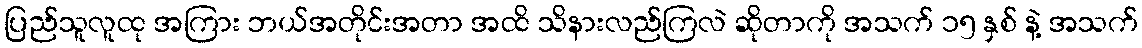
ပြည်သူလူထု အကြား ဘယ်အတိုင်းအတာ အထိ သိနားလည်ကြလဲ ဆိုတာကို အသက် ၁၅ နှစ် နဲ့ အသက်